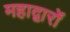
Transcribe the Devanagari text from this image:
महाद्वारों